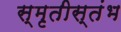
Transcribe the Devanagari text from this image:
स्मृतीस्तंभ